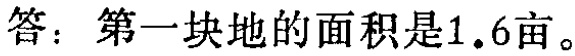
答：第一块地的面积是1.6亩。